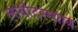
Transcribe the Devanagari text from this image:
लांबीदरम्यान